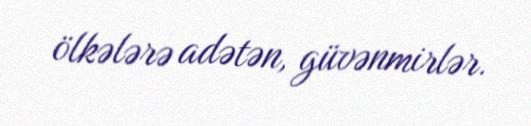
ölkələrə adətən, güvənmirlər.